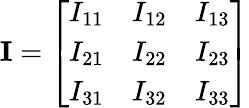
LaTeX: \mathbf{I}={\left[\begin{array}{lll}{I_{11}}&{I_{12}}&{I_{13}}\\ {I_{21}}&{I_{22}}&{I_{23}}\\ {I_{31}}&{I_{32}}&{I_{33}}\end{array}\right]}